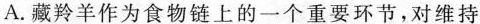
A.藏羚羊作为食物链上的一个重要环节，对维持